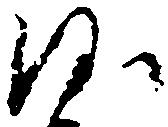
沙